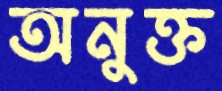
অনুক্ত